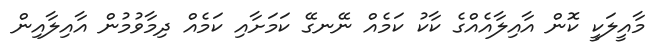
މާއީލަކީ ކޮން އާއިލާއެއްގެ ކާކު ކަމެއް ނޭނގޭ ކަމަށާއި ކަމެއް ދިމާވުމުން އާއިލާއިން